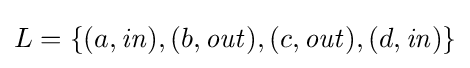
L=\{(a,{\mathit {in}}),(b,{\mathit {out}}),(c,{\mathit {out}}),(d,{\mathit {in}})\}